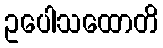
ဥပေါသထောတိ